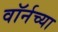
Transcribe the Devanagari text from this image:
वॉर्नच्या